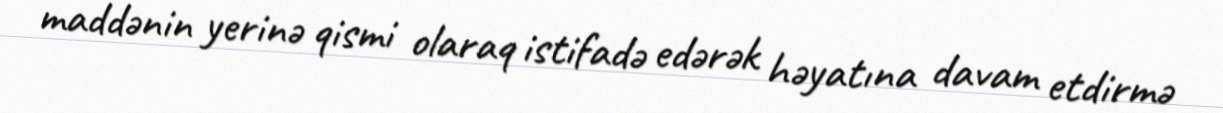
maddənin yerinə qismi olaraq istifadə edərək həyatına davam etdirmə